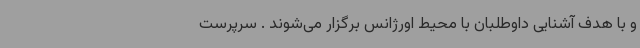
و با هدف آشنایی داوطلبان با محیط اورژانس برگزار می‌شوند . سرپرست